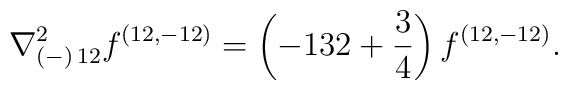
{\nabla^2_{(-)\, 12} f^{(12,-12)} = \left( -132 +{3\over 4}\right)  f^{(12,-12)}.}